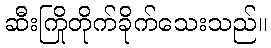
ဆီးကြိုတိုက်ခိုက်သေးသည်။